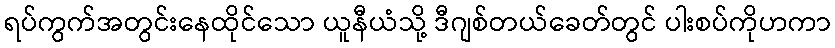
ရပ်ကွက်အတွင်းနေထိုင်သော ယူနီယံသို့ ဒီဂျစ်တယ်ခေတ်တွင် ပါးစပ်ကိုဟကာ